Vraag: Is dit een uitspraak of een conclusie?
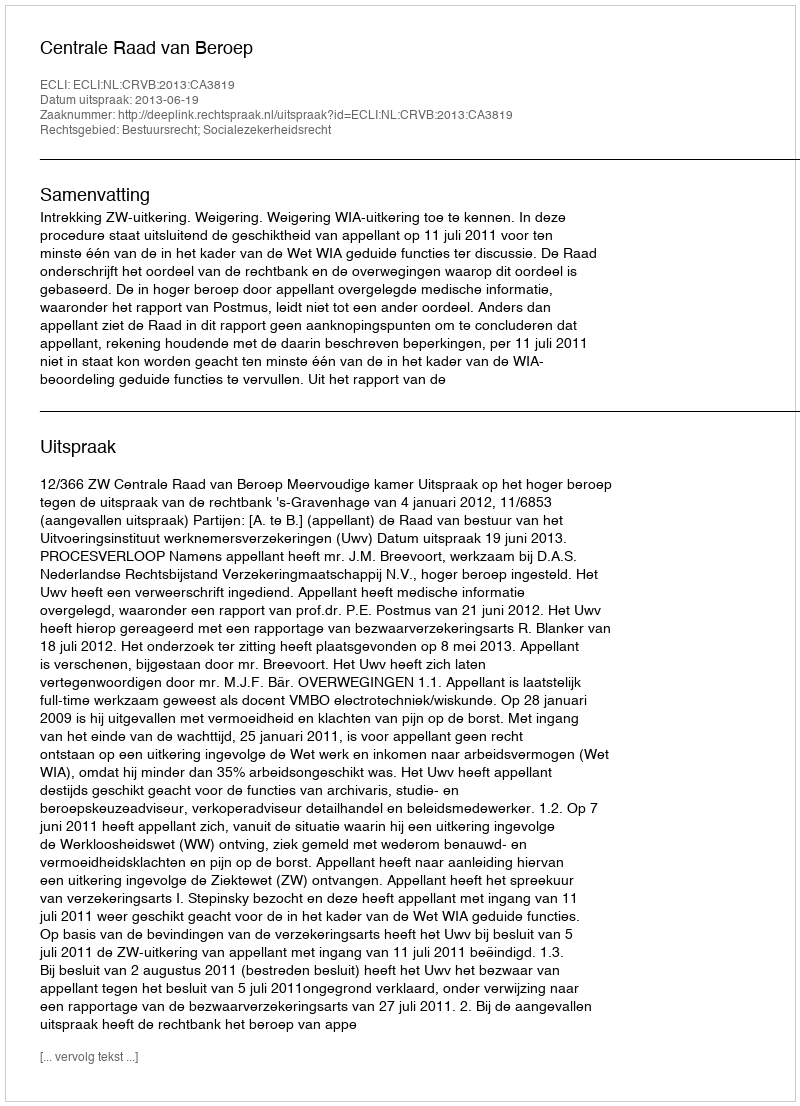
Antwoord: Uitspraak